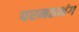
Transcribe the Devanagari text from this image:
परमतभंग